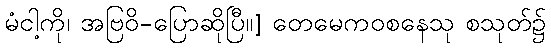
မံငါ့ကို၊ အဗြဝိ-ပြောဆိုပြီ။] တေမေကဝစနေသု စသုတ်၌